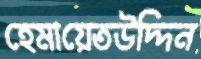
হেমায়েতউদ্দিন